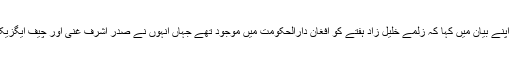
کابل میں امریکی سفارتخانے نے اپنے بیان میں کہا کہ زلمے خلیل زاد ہفتے کو افغان دارالحکومت میں موجود تھے جہاں انہوں نے صدر اشرف غنی اور چیف ایگزیکٹو عبداللہ عبداللہ سے ملاقات کی۔